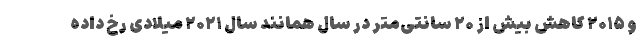
و ۲۰۱۵ کاهش بیش از ۲۰ سانتی‌متر در سال همانند سال ۲۰۲۱ میلادی رخ داده